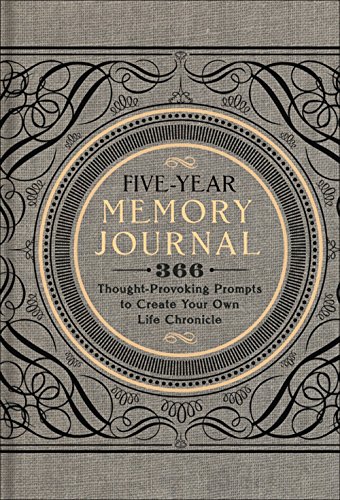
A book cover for Five-Year Memory Journal: 366 Thought-Provoking Prompts to Create Your Own Life Chronicle; Inc. Sterling Publishing Co.; Self-Help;